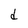
Character: d